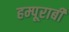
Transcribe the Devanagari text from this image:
हम्पूराबी